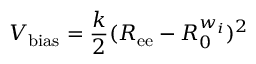
V _ { \mathrm { b i a s } } = \frac { k } { 2 } ( R _ { \mathrm { e e } } - R _ { 0 } ^ { w _ { i } } ) ^ { 2 }